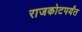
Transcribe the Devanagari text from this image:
राजकोटपर्यंत